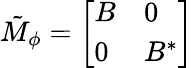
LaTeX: \begin{array}{r}{\tilde{M}_{\phi}=\left[\begin{array}{ll}{B}&{0}\\ {0}&{B^{*}}\end{array}\right]}\end{array}